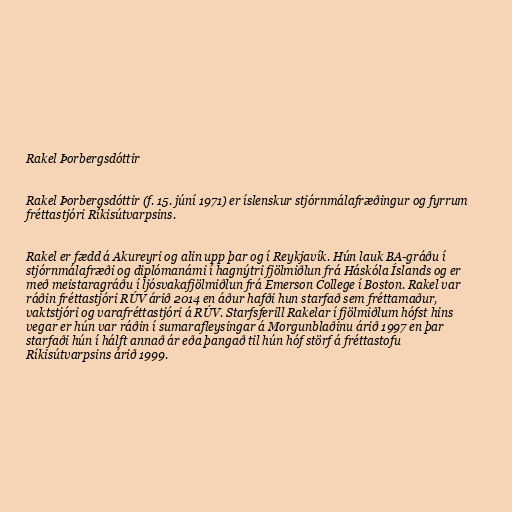
Rakel Þorbergsdóttir

Rakel Þorbergsdóttir (f. 15. júní 1971) er íslenskur stjórnmálafræðingur og fyrrum
fréttastjóri Ríkisútvarpsins.

Rakel er fædd á Akureyri og alin upp þar og í Reykjavík. Hún lauk BA-gráðu í
stjórnmálafræði og diplómanámi í hagnýtri fjölmiðlun frá Háskóla Íslands og er
með meistaragráðu í ljósvakafjölmiðlun frá Emerson College í Boston. Rakel var
ráðin fréttastjóri RÚV árið 2014 en áður hafði hun starfað sem fréttamaður,
vaktstjóri og varafréttastjóri á RÚV. Starfsferill Rakelar í fjölmiðlum hófst hins
vegar er hún var ráðin í sumarafleysingar á Morgunblaðinu árið 1997 en þar
starfaði hún í hálft annað ár eða þangað til hún hóf störf á fréttastofu
Ríkisútvarpsins árið 1999.